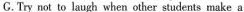
G.Try not to laugh when other students make a